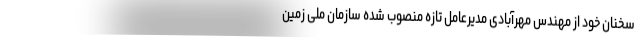
سخنان خود از مهندس مهرآبادی مدیرعامل تازه منصوب شده سازمان ملی زمین